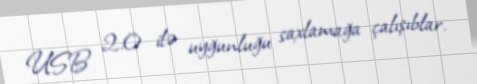
USB 2.0 ilə uyğunluğu saxlamağa çalışıblar.